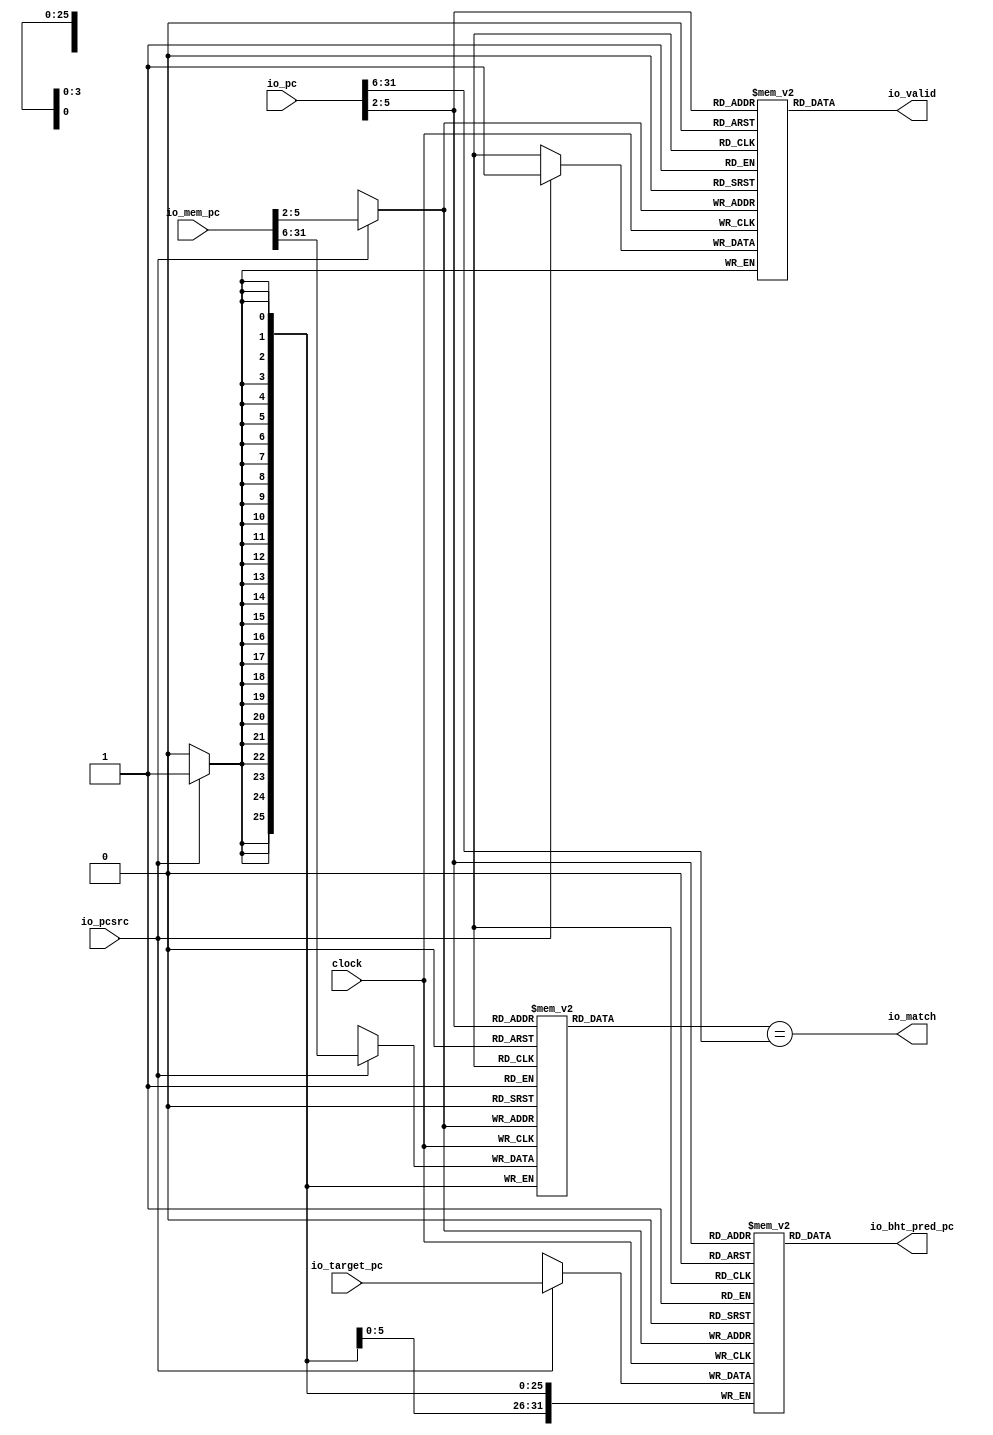
module BHT(
  input         clock,
  input  [31:0] io_pc,
  input  [31:0] io_mem_pc,
  input         io_pcsrc,
  input  [31:0] io_target_pc,
  output        io_match,
  output        io_valid,
  output [31:0] io_bht_pred_pc
);
`ifdef RANDOMIZE_MEM_INIT
  reg [31:0] _RAND_0;
  reg [31:0] _RAND_1;
  reg [31:0] _RAND_2;
`endif // RANDOMIZE_MEM_INIT
  reg [25:0] bhtTable_tag [0:15]; // @[bht.scala 24:21]
  wire  bhtTable_tag_bhtEntry_en; // @[bht.scala 24:21]
  wire [3:0] bhtTable_tag_bhtEntry_addr; // @[bht.scala 24:21]
  wire [25:0] bhtTable_tag_bhtEntry_data; // @[bht.scala 24:21]
  wire [25:0] bhtTable_tag_MPORT_data; // @[bht.scala 24:21]
  wire [3:0] bhtTable_tag_MPORT_addr; // @[bht.scala 24:21]
  wire  bhtTable_tag_MPORT_mask; // @[bht.scala 24:21]
  wire  bhtTable_tag_MPORT_en; // @[bht.scala 24:21]
  reg  bhtTable_valid [0:15]; // @[bht.scala 24:21]
  wire  bhtTable_valid_bhtEntry_en; // @[bht.scala 24:21]
  wire [3:0] bhtTable_valid_bhtEntry_addr; // @[bht.scala 24:21]
  wire  bhtTable_valid_bhtEntry_data; // @[bht.scala 24:21]
  wire  bhtTable_valid_MPORT_data; // @[bht.scala 24:21]
  wire [3:0] bhtTable_valid_MPORT_addr; // @[bht.scala 24:21]
  wire  bhtTable_valid_MPORT_mask; // @[bht.scala 24:21]
  wire  bhtTable_valid_MPORT_en; // @[bht.scala 24:21]
  reg [31:0] bhtTable_target_pc [0:15]; // @[bht.scala 24:21]
  wire  bhtTable_target_pc_bhtEntry_en; // @[bht.scala 24:21]
  wire [3:0] bhtTable_target_pc_bhtEntry_addr; // @[bht.scala 24:21]
  wire [31:0] bhtTable_target_pc_bhtEntry_data; // @[bht.scala 24:21]
  wire [31:0] bhtTable_target_pc_MPORT_data; // @[bht.scala 24:21]
  wire [3:0] bhtTable_target_pc_MPORT_addr; // @[bht.scala 24:21]
  wire  bhtTable_target_pc_MPORT_mask; // @[bht.scala 24:21]
  wire  bhtTable_target_pc_MPORT_en; // @[bht.scala 24:21]
  assign bhtTable_tag_bhtEntry_en = 1'h1;
  assign bhtTable_tag_bhtEntry_addr = io_pc[5:2];
  assign bhtTable_tag_bhtEntry_data = bhtTable_tag[bhtTable_tag_bhtEntry_addr]; // @[bht.scala 24:21]
  assign bhtTable_tag_MPORT_data = io_mem_pc[31:6];
  assign bhtTable_tag_MPORT_addr = io_mem_pc[5:2];
  assign bhtTable_tag_MPORT_mask = 1'h1;
  assign bhtTable_tag_MPORT_en = io_pcsrc;
  assign bhtTable_valid_bhtEntry_en = 1'h1;
  assign bhtTable_valid_bhtEntry_addr = io_pc[5:2];
  assign bhtTable_valid_bhtEntry_data = bhtTable_valid[bhtTable_valid_bhtEntry_addr]; // @[bht.scala 24:21]
  assign bhtTable_valid_MPORT_data = 1'h1;
  assign bhtTable_valid_MPORT_addr = io_mem_pc[5:2];
  assign bhtTable_valid_MPORT_mask = 1'h1;
  assign bhtTable_valid_MPORT_en = io_pcsrc;
  assign bhtTable_target_pc_bhtEntry_en = 1'h1;
  assign bhtTable_target_pc_bhtEntry_addr = io_pc[5:2];
  assign bhtTable_target_pc_bhtEntry_data = bhtTable_target_pc[bhtTable_target_pc_bhtEntry_addr]; // @[bht.scala 24:21]
  assign bhtTable_target_pc_MPORT_data = io_target_pc;
  assign bhtTable_target_pc_MPORT_addr = io_mem_pc[5:2];
  assign bhtTable_target_pc_MPORT_mask = 1'h1;
  assign bhtTable_target_pc_MPORT_en = io_pcsrc;
  assign io_match = bhtTable_tag_bhtEntry_data == io_pc[31:6]; // @[bht.scala 30:30]
  assign io_valid = bhtTable_valid_bhtEntry_data; // @[bht.scala 31:12]
  assign io_bht_pred_pc = bhtTable_target_pc_bhtEntry_data; // @[bht.scala 32:18]
  always @(posedge clock) begin
    if (bhtTable_tag_MPORT_en & bhtTable_tag_MPORT_mask) begin
      bhtTable_tag[bhtTable_tag_MPORT_addr] <= bhtTable_tag_MPORT_data; // @[bht.scala 24:21]
    end
    if (bhtTable_valid_MPORT_en & bhtTable_valid_MPORT_mask) begin
      bhtTable_valid[bhtTable_valid_MPORT_addr] <= bhtTable_valid_MPORT_data; // @[bht.scala 24:21]
    end
    if (bhtTable_target_pc_MPORT_en & bhtTable_target_pc_MPORT_mask) begin
      bhtTable_target_pc[bhtTable_target_pc_MPORT_addr] <= bhtTable_target_pc_MPORT_data; // @[bht.scala 24:21]
    end
  end
// Register and memory initialization
`ifdef RANDOMIZE_GARBAGE_ASSIGN
`define RANDOMIZE
`endif
`ifdef RANDOMIZE_INVALID_ASSIGN
`define RANDOMIZE
`endif
`ifdef RANDOMIZE_REG_INIT
`define RANDOMIZE
`endif
`ifdef RANDOMIZE_MEM_INIT
`define RANDOMIZE
`endif
`ifndef RANDOM
`define RANDOM $random
`endif
`ifdef RANDOMIZE_MEM_INIT
  integer initvar;
`endif
`ifndef SYNTHESIS
`ifdef FIRRTL_BEFORE_INITIAL
`FIRRTL_BEFORE_INITIAL
`endif
initial begin
  `ifdef RANDOMIZE
    `ifdef INIT_RANDOM
      `INIT_RANDOM
    `endif
    `ifndef VERILATOR
      `ifdef RANDOMIZE_DELAY
        #`RANDOMIZE_DELAY begin end
      `else
        #0.002 begin end
      `endif
    `endif
`ifdef RANDOMIZE_MEM_INIT
  _RAND_0 = {1{`RANDOM}};
  for (initvar = 0; initvar < 16; initvar = initvar+1)
    bhtTable_tag[initvar] = _RAND_0[25:0];
  _RAND_1 = {1{`RANDOM}};
  for (initvar = 0; initvar < 16; initvar = initvar+1)
    bhtTable_valid[initvar] = _RAND_1[0:0];
  _RAND_2 = {1{`RANDOM}};
  for (initvar = 0; initvar < 16; initvar = initvar+1)
    bhtTable_target_pc[initvar] = _RAND_2[31:0];
`endif // RANDOMIZE_MEM_INIT
  `endif // RANDOMIZE
end // initial
`ifdef FIRRTL_AFTER_INITIAL
`FIRRTL_AFTER_INITIAL
`endif
`endif // SYNTHESIS
endmodule
module BTB(
  input         clock,
  input  [31:0] io_pc,
  input  [31:0] io_mem_pc,
  input         io_pcsrc,
  input         io_branch,
  output        io_btb_taken
);
`ifdef RANDOMIZE_MEM_INIT
  reg [31:0] _RAND_0;
`endif // RANDOMIZE_MEM_INIT
  reg [1:0] btbTable [0:15]; // @[btb.scala 14:21]
  wire  btbTable_btbEntry_en; // @[btb.scala 14:21]
  wire [3:0] btbTable_btbEntry_addr; // @[btb.scala 14:21]
  wire [1:0] btbTable_btbEntry_data; // @[btb.scala 14:21]
  wire  btbTable_MPORT_en; // @[btb.scala 14:21]
  wire [3:0] btbTable_MPORT_addr; // @[btb.scala 14:21]
  wire [1:0] btbTable_MPORT_data; // @[btb.scala 14:21]
  wire  btbTable_MPORT_1_en; // @[btb.scala 14:21]
  wire [3:0] btbTable_MPORT_1_addr; // @[btb.scala 14:21]
  wire [1:0] btbTable_MPORT_1_data; // @[btb.scala 14:21]
  wire  btbTable_MPORT_3_en; // @[btb.scala 14:21]
  wire [3:0] btbTable_MPORT_3_addr; // @[btb.scala 14:21]
  wire [1:0] btbTable_MPORT_3_data; // @[btb.scala 14:21]
  wire  btbTable_MPORT_4_en; // @[btb.scala 14:21]
  wire [3:0] btbTable_MPORT_4_addr; // @[btb.scala 14:21]
  wire [1:0] btbTable_MPORT_4_data; // @[btb.scala 14:21]
  wire [1:0] btbTable_MPORT_2_data; // @[btb.scala 14:21]
  wire [3:0] btbTable_MPORT_2_addr; // @[btb.scala 14:21]
  wire  btbTable_MPORT_2_mask; // @[btb.scala 14:21]
  wire  btbTable_MPORT_2_en; // @[btb.scala 14:21]
  wire [1:0] btbTable_MPORT_5_data; // @[btb.scala 14:21]
  wire [3:0] btbTable_MPORT_5_addr; // @[btb.scala 14:21]
  wire  btbTable_MPORT_5_mask; // @[btb.scala 14:21]
  wire  btbTable_MPORT_5_en; // @[btb.scala 14:21]
  wire  _T_3 = btbTable_MPORT_data < 2'h3; // @[btb.scala 26:38]
  wire  _T_9 = btbTable_MPORT_3_data > 2'h0; // @[btb.scala 31:38]
  wire  _GEN_17 = io_pcsrc & _T_3; // @[btb.scala 14:21 24:28]
  wire  _GEN_23 = io_pcsrc ? 1'h0 : 1'h1; // @[btb.scala 14:21 24:28 31:20]
  wire  _GEN_26 = io_pcsrc ? 1'h0 : _T_9; // @[btb.scala 14:21 24:28]
  assign btbTable_btbEntry_en = 1'h1;
  assign btbTable_btbEntry_addr = io_pc[5:2];
  assign btbTable_btbEntry_data = btbTable[btbTable_btbEntry_addr]; // @[btb.scala 14:21]
  assign btbTable_MPORT_en = io_branch & io_pcsrc;
  assign btbTable_MPORT_addr = io_mem_pc[5:2];
  assign btbTable_MPORT_data = btbTable[btbTable_MPORT_addr]; // @[btb.scala 14:21]
  assign btbTable_MPORT_1_en = io_branch & _GEN_17;
  assign btbTable_MPORT_1_addr = io_mem_pc[5:2];
  assign btbTable_MPORT_1_data = btbTable[btbTable_MPORT_1_addr]; // @[btb.scala 14:21]
  assign btbTable_MPORT_3_en = io_branch & _GEN_23;
  assign btbTable_MPORT_3_addr = io_mem_pc[5:2];
  assign btbTable_MPORT_3_data = btbTable[btbTable_MPORT_3_addr]; // @[btb.scala 14:21]
  assign btbTable_MPORT_4_en = io_branch & _GEN_26;
  assign btbTable_MPORT_4_addr = io_mem_pc[5:2];
  assign btbTable_MPORT_4_data = btbTable[btbTable_MPORT_4_addr]; // @[btb.scala 14:21]
  assign btbTable_MPORT_2_data = btbTable_MPORT_1_data + 2'h1;
  assign btbTable_MPORT_2_addr = io_mem_pc[5:2];
  assign btbTable_MPORT_2_mask = 1'h1;
  assign btbTable_MPORT_2_en = io_branch & _GEN_17;
  assign btbTable_MPORT_5_data = btbTable_MPORT_4_data - 2'h1;
  assign btbTable_MPORT_5_addr = io_mem_pc[5:2];
  assign btbTable_MPORT_5_mask = 1'h1;
  assign btbTable_MPORT_5_en = io_branch & _GEN_26;
  assign io_btb_taken = btbTable_btbEntry_data[1]; // @[btb.scala 20:28]
  always @(posedge clock) begin
    if (btbTable_MPORT_2_en & btbTable_MPORT_2_mask) begin
      btbTable[btbTable_MPORT_2_addr] <= btbTable_MPORT_2_data; // @[btb.scala 14:21]
    end
    if (btbTable_MPORT_5_en & btbTable_MPORT_5_mask) begin
      btbTable[btbTable_MPORT_5_addr] <= btbTable_MPORT_5_data; // @[btb.scala 14:21]
    end
  end
// Register and memory initialization
`ifdef RANDOMIZE_GARBAGE_ASSIGN
`define RANDOMIZE
`endif
`ifdef RANDOMIZE_INVALID_ASSIGN
`define RANDOMIZE
`endif
`ifdef RANDOMIZE_REG_INIT
`define RANDOMIZE
`endif
`ifdef RANDOMIZE_MEM_INIT
`define RANDOMIZE
`endif
`ifndef RANDOM
`define RANDOM $random
`endif
`ifdef RANDOMIZE_MEM_INIT
  integer initvar;
`endif
`ifndef SYNTHESIS
`ifdef FIRRTL_BEFORE_INITIAL
`FIRRTL_BEFORE_INITIAL
`endif
initial begin
  `ifdef RANDOMIZE
    `ifdef INIT_RANDOM
      `INIT_RANDOM
    `endif
    `ifndef VERILATOR
      `ifdef RANDOMIZE_DELAY
        #`RANDOMIZE_DELAY begin end
      `else
        #0.002 begin end
      `endif
    `endif
`ifdef RANDOMIZE_MEM_INIT
  _RAND_0 = {1{`RANDOM}};
  for (initvar = 0; initvar < 16; initvar = initvar+1)
    btbTable[initvar] = _RAND_0[1:0];
`endif // RANDOMIZE_MEM_INIT
  `endif // RANDOMIZE
end // initial
`ifdef FIRRTL_AFTER_INITIAL
`FIRRTL_AFTER_INITIAL
`endif
`endif // SYNTHESIS
endmodule
module Icache(
  input         clock,
  input  [31:0] io_pc,
  output [31:0] io_inst
);
`ifdef RANDOMIZE_MEM_INIT
  reg [31:0] _RAND_0;
`endif // RANDOMIZE_MEM_INIT
  reg [31:0] cacheData [0:1048575]; // @[Icache.scala 10:22]
  wire  cacheData_cacheEntry_en; // @[Icache.scala 10:22]
  wire [19:0] cacheData_cacheEntry_addr; // @[Icache.scala 10:22]
  wire [31:0] cacheData_cacheEntry_data; // @[Icache.scala 10:22]
  wire [15:0] cacheIndex = io_pc[17:2]; // @[Icache.scala 11:25]
  assign cacheData_cacheEntry_en = 1'h1;
  assign cacheData_cacheEntry_addr = {{4'd0}, cacheIndex};
  assign cacheData_cacheEntry_data = cacheData[cacheData_cacheEntry_addr]; // @[Icache.scala 10:22]
  assign io_inst = cacheData_cacheEntry_data; // @[Icache.scala 16:11]
// Register and memory initialization
`ifdef RANDOMIZE_GARBAGE_ASSIGN
`define RANDOMIZE
`endif
`ifdef RANDOMIZE_INVALID_ASSIGN
`define RANDOMIZE
`endif
`ifdef RANDOMIZE_REG_INIT
`define RANDOMIZE
`endif
`ifdef RANDOMIZE_MEM_INIT
`define RANDOMIZE
`endif
`ifndef RANDOM
`define RANDOM $random
`endif
`ifdef RANDOMIZE_MEM_INIT
  integer initvar;
`endif
`ifndef SYNTHESIS
`ifdef FIRRTL_BEFORE_INITIAL
`FIRRTL_BEFORE_INITIAL
`endif
initial begin
  `ifdef RANDOMIZE
    `ifdef INIT_RANDOM
      `INIT_RANDOM
    `endif
    `ifndef VERILATOR
      `ifdef RANDOMIZE_DELAY
        #`RANDOMIZE_DELAY begin end
      `else
        #0.002 begin end
      `endif
    `endif
`ifdef RANDOMIZE_MEM_INIT
  _RAND_0 = {1{`RANDOM}};
  for (initvar = 0; initvar < 1048576; initvar = initvar+1)
    cacheData[initvar] = _RAND_0[31:0];
`endif // RANDOMIZE_MEM_INIT
  `endif // RANDOMIZE
end // initial
`ifdef FIRRTL_AFTER_INITIAL
`FIRRTL_AFTER_INITIAL
`endif
`endif // SYNTHESIS
endmodule
module Fetch(
  input         clock,
  input         reset,
  input  [31:0] io_trap_vector,
  input  [31:0] io_mret_vector,
  input  [31:0] io_target_pc,
  input  [31:0] io_mem_pc,
  input         io_pcsrc,
  input         io_branch,
  input         io_trap,
  input         io_mret,
  input         io_pc_stall,
  input         io_if_id_stall,
  input         io_if_id_flush,
  input         io_predict,
  output [31:0] io_id_pc,
  output [31:0] io_inst
);
`ifdef RANDOMIZE_REG_INIT
  reg [31:0] _RAND_0;
  reg [31:0] _RAND_1;
  reg [31:0] _RAND_2;
`endif // RANDOMIZE_REG_INIT
  wire  bht_clock; // @[fetch.scala 28:19]
  wire [31:0] bht_io_pc; // @[fetch.scala 28:19]
  wire [31:0] bht_io_mem_pc; // @[fetch.scala 28:19]
  wire  bht_io_pcsrc; // @[fetch.scala 28:19]
  wire [31:0] bht_io_target_pc; // @[fetch.scala 28:19]
  wire  bht_io_match; // @[fetch.scala 28:19]
  wire  bht_io_valid; // @[fetch.scala 28:19]
  wire [31:0] bht_io_bht_pred_pc; // @[fetch.scala 28:19]
  wire  btb_clock; // @[fetch.scala 29:19]
  wire [31:0] btb_io_pc; // @[fetch.scala 29:19]
  wire [31:0] btb_io_mem_pc; // @[fetch.scala 29:19]
  wire  btb_io_pcsrc; // @[fetch.scala 29:19]
  wire  btb_io_branch; // @[fetch.scala 29:19]
  wire  btb_io_btb_taken; // @[fetch.scala 29:19]
  wire  icache_clock; // @[fetch.scala 30:22]
  wire [31:0] icache_io_pc; // @[fetch.scala 30:22]
  wire [31:0] icache_io_inst; // @[fetch.scala 30:22]
  reg [31:0] pcReg; // @[fetch.scala 33:22]
  reg [31:0] idPcReg; // @[fetch.scala 34:24]
  reg [31:0] instReg; // @[fetch.scala 35:24]
  wire [31:0] _pcReg_T_1 = pcReg + 32'h4; // @[fetch.scala 62:20]
  wire [31:0] _GEN_0 = btb_io_btb_taken & bht_io_valid & bht_io_match ? bht_io_bht_pred_pc : _pcReg_T_1; // @[fetch.scala 59:74 60:11 62:11]
  wire [31:0] _GEN_1 = io_pc_stall ? pcReg : _GEN_0; // @[fetch.scala 57:27 58:11]
  BHT bht ( // @[fetch.scala 28:19]
    .clock(bht_clock),
    .io_pc(bht_io_pc),
    .io_mem_pc(bht_io_mem_pc),
    .io_pcsrc(bht_io_pcsrc),
    .io_target_pc(bht_io_target_pc),
    .io_match(bht_io_match),
    .io_valid(bht_io_valid),
    .io_bht_pred_pc(bht_io_bht_pred_pc)
  );
  BTB btb ( // @[fetch.scala 29:19]
    .clock(btb_clock),
    .io_pc(btb_io_pc),
    .io_mem_pc(btb_io_mem_pc),
    .io_pcsrc(btb_io_pcsrc),
    .io_branch(btb_io_branch),
    .io_btb_taken(btb_io_btb_taken)
  );
  Icache icache ( // @[fetch.scala 30:22]
    .clock(icache_clock),
    .io_pc(icache_io_pc),
    .io_inst(icache_io_inst)
  );
  assign io_id_pc = idPcReg; // @[fetch.scala 79:12]
  assign io_inst = instReg; // @[fetch.scala 80:11]
  assign bht_clock = clock;
  assign bht_io_pc = pcReg; // @[fetch.scala 38:13]
  assign bht_io_mem_pc = io_mem_pc; // @[fetch.scala 39:17]
  assign bht_io_pcsrc = io_pcsrc; // @[fetch.scala 40:16]
  assign bht_io_target_pc = io_target_pc; // @[fetch.scala 41:20]
  assign btb_clock = clock;
  assign btb_io_pc = pcReg; // @[fetch.scala 43:13]
  assign btb_io_mem_pc = io_mem_pc; // @[fetch.scala 44:17]
  assign btb_io_pcsrc = io_pcsrc; // @[fetch.scala 45:16]
  assign btb_io_branch = io_branch; // @[fetch.scala 46:17]
  assign icache_clock = clock;
  assign icache_io_pc = pcReg; // @[fetch.scala 48:16]
  always @(posedge clock) begin
    if (reset) begin // @[fetch.scala 33:22]
      pcReg <= 32'h8; // @[fetch.scala 33:22]
    end else if (io_trap) begin // @[fetch.scala 51:17]
      pcReg <= io_trap_vector; // @[fetch.scala 52:11]
    end else if (io_mret) begin // @[fetch.scala 53:23]
      pcReg <= io_mret_vector; // @[fetch.scala 54:11]
    end else if (io_pcsrc & ~io_predict) begin // @[fetch.scala 55:39]
      pcReg <= io_target_pc; // @[fetch.scala 56:11]
    end else begin
      pcReg <= _GEN_1;
    end
    if (reset) begin // @[fetch.scala 34:24]
      idPcReg <= 32'h0; // @[fetch.scala 34:24]
    end else if (io_if_id_flush) begin // @[fetch.scala 74:24]
      idPcReg <= 32'h0; // @[fetch.scala 75:13]
    end else if (!(io_if_id_stall)) begin // @[fetch.scala 66:24]
      idPcReg <= pcReg; // @[fetch.scala 70:13]
    end
    if (reset) begin // @[fetch.scala 35:24]
      instReg <= 32'h0; // @[fetch.scala 35:24]
    end else if (io_if_id_flush) begin // @[fetch.scala 74:24]
      instReg <= 32'h13; // @[fetch.scala 76:13]
    end else if (!(io_if_id_stall)) begin // @[fetch.scala 66:24]
      instReg <= icache_io_inst; // @[fetch.scala 71:13]
    end
  end
// Register and memory initialization
`ifdef RANDOMIZE_GARBAGE_ASSIGN
`define RANDOMIZE
`endif
`ifdef RANDOMIZE_INVALID_ASSIGN
`define RANDOMIZE
`endif
`ifdef RANDOMIZE_REG_INIT
`define RANDOMIZE
`endif
`ifdef RANDOMIZE_MEM_INIT
`define RANDOMIZE
`endif
`ifndef RANDOM
`define RANDOM $random
`endif
`ifdef RANDOMIZE_MEM_INIT
  integer initvar;
`endif
`ifndef SYNTHESIS
`ifdef FIRRTL_BEFORE_INITIAL
`FIRRTL_BEFORE_INITIAL
`endif
initial begin
  `ifdef RANDOMIZE
    `ifdef INIT_RANDOM
      `INIT_RANDOM
    `endif
    `ifndef VERILATOR
      `ifdef RANDOMIZE_DELAY
        #`RANDOMIZE_DELAY begin end
      `else
        #0.002 begin end
      `endif
    `endif
`ifdef RANDOMIZE_REG_INIT
  _RAND_0 = {1{`RANDOM}};
  pcReg = _RAND_0[31:0];
  _RAND_1 = {1{`RANDOM}};
  idPcReg = _RAND_1[31:0];
  _RAND_2 = {1{`RANDOM}};
  instReg = _RAND_2[31:0];
`endif // RANDOMIZE_REG_INIT
  `endif // RANDOMIZE
end // initial
`ifdef FIRRTL_AFTER_INITIAL
`FIRRTL_AFTER_INITIAL
`endif
`endif // SYNTHESIS
endmodule